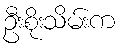
ဦးစိုးသိမ်းက